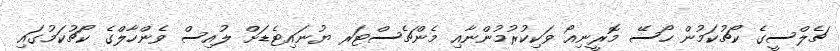
ޗެލްސީގެ ކޯޗުކަމުން ހޯސޭ މޮރީނިއޯ ވަކިކުރުމުންނާއި މެންޗެސްޓަރ ޔުނައިޓެޑަށް ލުއިސް ވެންހާލްގެ ކޯޗުކަމުގައި